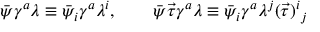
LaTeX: \bar { \psi } \gamma ^ { a } \lambda \equiv \bar { \psi } _ { i } \gamma ^ { a } \lambda ^ { i } , \qquad \bar { \psi } \vec { \tau } \gamma ^ { a } \lambda \equiv \bar { \psi } _ { i } \gamma ^ { a } \lambda ^ { j } ( \vec { \tau } ) ^ { i } { } _ { j }